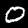
Digit: 0